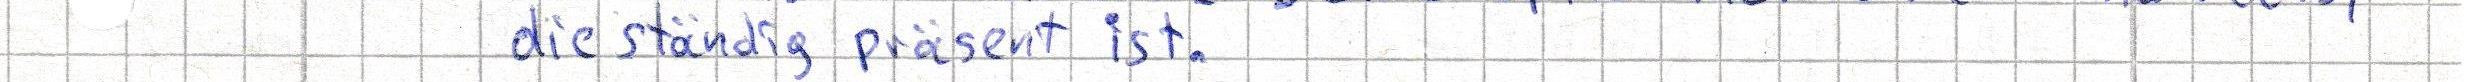
die ständig präsent ist.